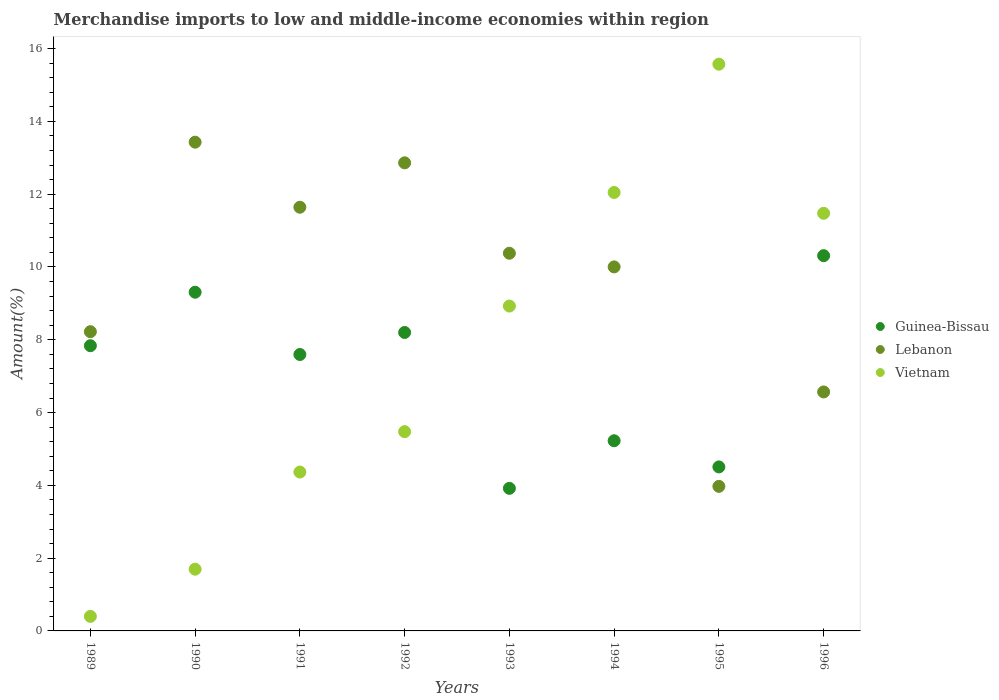
| Years | Guinea-Bissau | Lebanon | Vietnam |
 | --- | --- | --- | --- |
 | 1989 | 7.84 | 8.22 | 0.4 |
 | 1990 | 9.31 | 13.4 | 1.7 |
 | 1991 | 7.6 | 11.6 | 4.37 |
 | 1992 | 8.2 | 12.9 | 5.48 |
 | 1993 | 3.92 | 10.4 | 8.93 |
 | 1994 | 5.23 | 10 | 12 |
 | 1995 | 4.51 | 3.97 | 15.6 |
 | 1996 | 10.3 | 6.57 | 11.5 |